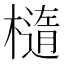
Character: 𬄭